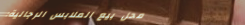
محل بيع الملابس الرجالية: